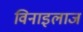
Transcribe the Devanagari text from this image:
विनाइलाज